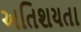
અતિશયતા